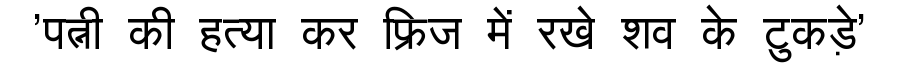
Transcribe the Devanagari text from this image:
'पत्नी की हत्या कर फ्रिज में रखे शव के टुकड़े'